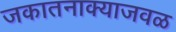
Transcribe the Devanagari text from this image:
जकातनाक्याजवळ